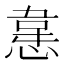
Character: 𭞈